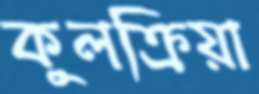
কুলক্রিয়া